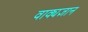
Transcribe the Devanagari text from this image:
वाक्यज्ञान